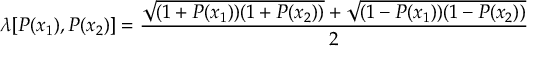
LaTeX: \lambda [ P ( x _ { 1 } ) , P ( x _ { 2 } ) ] = \frac { \sqrt { ( 1 + P ( x _ { 1 } ) ) ( 1 + P ( x _ { 2 } ) ) } + \sqrt { ( 1 - P ( x _ { 1 } ) ) ( 1 - P ( x _ { 2 } ) ) } } { 2 } \nonumber